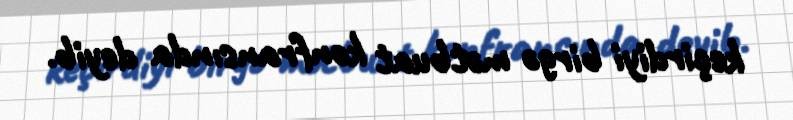
keçirdiyi birgə mətbuat konfransında deyib.